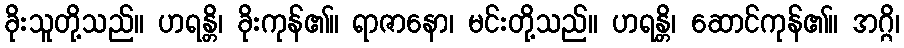
ခိုးသူတို့သည်။ ဟရန္တိ၊ ခိုးကုန်၏။ ရာဇာနော၊ မင်းတို့သည်။ ဟရန္တိ၊ ဆောင်ကုန်၏။ အဂ္ဂိ၊